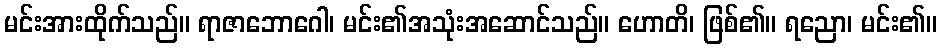
မင်းအားထိုက်သည်။ ရာဇာဘောဂေါ၊ မင်း၏အသုံးအဆောင်သည်။ ဟောတိ၊ ဖြစ်၏။ ရညော၊ မင်း၏။